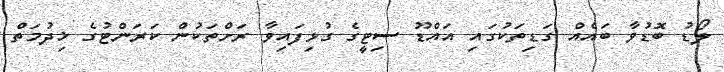
ލޯޑު ބޮޑުވާ ބައެއް ގަޑިތަކުގައި އައްޑޫ ސިޓީގެ ގުޅިފައިވާ ރަށްތަކުން ކަރަންޓުގެ ޚިދުމަތް